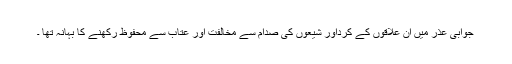
جوابی عذر میں اِن علاقوں کے کُرداور شیعوں کی صدام سے مخالفت اور عتاب سے محفوظ رکھنے کا بہانہ تھا ۔